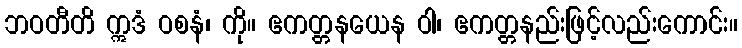
ဘဝတီတိ ဣဒံ ဝစနံ၊ ကို။ ဧကတ္တနယေန ဝါ၊ ဧကတ္တနည်းဖြင့်လည်းကောင်း။